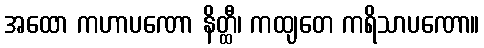
အထော ကဟာပဏော နိတ္ထီ၊ ကထျတေ ကရိသာပဏော။